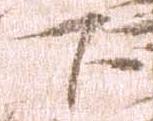
下